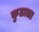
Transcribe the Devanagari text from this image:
कुठाला